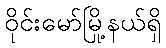
ဝိုင်းမော်မြို့နယ်ရှိ